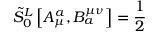
\tilde { S } _ { 0 } ^ { L } \left[ A _ { \mu } ^ { a } , B _ { a } ^ { \mu \nu } \right] = \frac { 1 } { 2 }